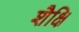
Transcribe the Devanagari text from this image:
शैक्षि